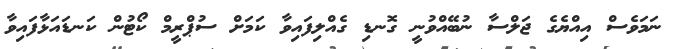
ނަމަވެސް އިއްޔެގެ ޖަލްސާ ނުބޭއްވުނީ ގޮނޑި ގެއްލިފައިވާ ކަމަށް ސުޕްރީމް ކޯޓުން ކަނޑައަޅާފައިވާ